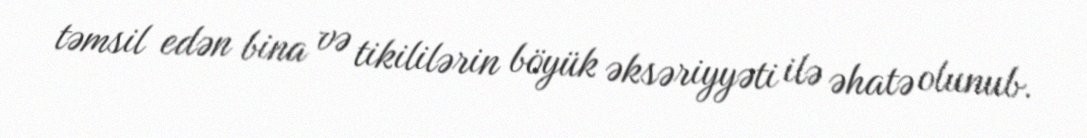
təmsil edən bina və tikililərin böyük əksəriyyəti ilə əhatə olunub.